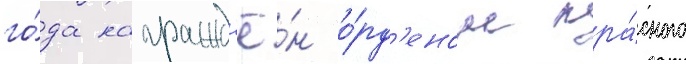
го́да награжд'ё́н о́рд'еном кра́сного